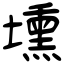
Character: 壎